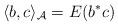
LaTeX: \begin{gather*}\langle b, c\rangle_{\mathcal A}=E(b^*c)\end{gather*}